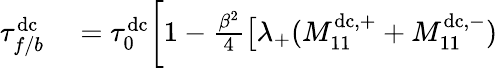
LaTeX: \begin{array}{rl}{\tau_{f/b}^{\mathrm{dc}}}&{{}=\tau_{0}^{\mathrm{dc}}\biggl[1-\frac{\beta^{2}}{4}\bigl[\lambda_{+}(M_{11}^{\mathrm{dc},+}+M_{11}^{\mathrm{dc},-})}\end{array}